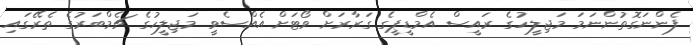
ފެންނަގޮތުންނަމަ މަޖިލީހުގެ ރައީސް އެމްޑީޕީގެ ގަރާރަށް ވޯޓަށް އެއްސެވީ މަޖިލީހުގެ ޗެމްބަރުގެ ތެރޭގައި